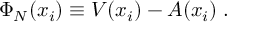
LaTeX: \Phi _ { N } ( x _ { i } ) \equiv V ( x _ { i } ) - A ( x _ { i } ) \; .